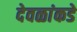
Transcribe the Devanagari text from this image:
देवळांकडे